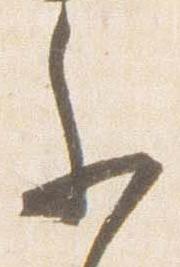
参